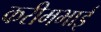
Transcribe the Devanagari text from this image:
करीमभाई